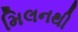
મિલનથી